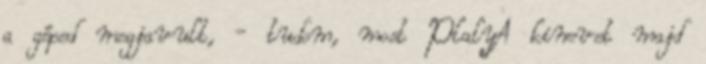
a géped megjavult, - tudom, most PlalyA kinevet majd